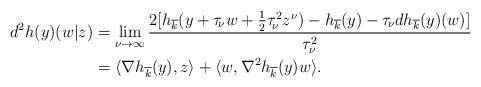
LaTeX: \begin{align*} d^2h(y)(w|z)&=\lim_{\nu\to \infty} \frac{2[h_{\overline{k}}(y+\tau_{\!\nu} w+\frac{1}{2}\tau_{\!\nu}^2 z^{\nu})-h_{\overline{k}}(y)-\tau_{\!\nu}dh_{\overline{k}}(y)(w)]} {\tau_{\nu}^2}\\ &=\langle\nabla h_{\overline{k}}(y),z\rangle+\langle w,\nabla^2h_{\overline{k}}(y)w\rangle. \end{align*}